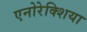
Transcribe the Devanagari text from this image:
एनोरेक्शिया